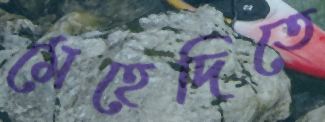
মেহেদিতে